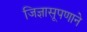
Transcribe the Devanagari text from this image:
जिज्ञासूपणाने